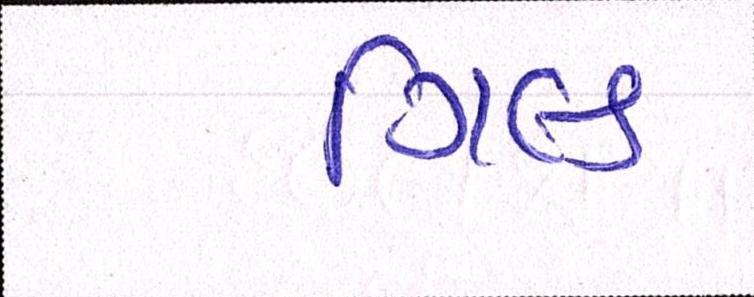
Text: ગિલ્ડ